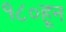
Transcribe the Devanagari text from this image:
१८०हून